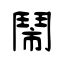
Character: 鬧